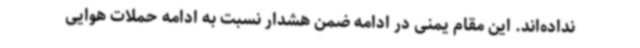
نداده‌اند. این مقام یمنی در ادامه ضمن هشدار نسبت به ادامه حملات هوایی